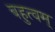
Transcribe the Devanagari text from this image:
बहुत्वम्